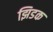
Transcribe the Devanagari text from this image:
झिडक